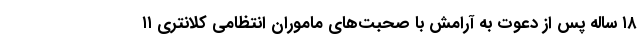
۱۸ ساله پس از دعوت به آرامش با صحبت‌های ماموران انتظامی کلانتری ۱۱